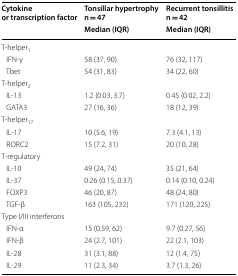
<table><thead><tr><td rowspan="2"><b>Cytokine or transcription factor</b></td><td><b>Tonsillar hypertrophyn = 47</b></td><td><b>Recurrent tonsillitisn = 42</b></td></tr><tr><td><b>Median (IQR)</b></td><td><b>Median (IQR)</b></td></tr></thead><tbody><tr><td colspan="3">T-helper<sub>1</sub></td></tr><tr><td> IFN-γ</td><td>58 (37, 90)</td><td>76 (32, 117)</td></tr><tr><td> Tbet</td><td>54 (31, 83)</td><td>34 (22, 60)</td></tr><tr><td colspan="3">T-helper<sub>2</sub></td></tr><tr><td> IL-13</td><td>1.2 (0.03, 3.7)</td><td>0.45 (0.02, 2.2)</td></tr><tr><td> GATA3</td><td>27 (16, 36)</td><td>18 (12, 39)</td></tr><tr><td colspan="3">T-helper<sub>17</sub></td></tr><tr><td> IL-17</td><td>10 (5.6, 19)</td><td>7.3 (4.1, 13)</td></tr><tr><td> RORC2</td><td>15 (7.2, 31)</td><td>20 (10, 28)</td></tr><tr><td colspan="3">T-regulatory</td></tr><tr><td> IL-10</td><td>49 (24, 74)</td><td>35 (21, 64)</td></tr><tr><td> IL-37</td><td>0.26 (0.15, 0.37)</td><td>0.14 (0.10, 0.24)</td></tr><tr><td> FOXP3</td><td>46 (20, 87)</td><td>48 (24, 80)</td></tr><tr><td> TGF-β</td><td>163 (105, 232)</td><td>171 (120, 225)</td></tr><tr><td colspan="3">Type I/III interferons</td></tr><tr><td> IFN-α</td><td>15 (0.59, 62)</td><td>9.7 (0.27, 56)</td></tr><tr><td> IFN-β</td><td>24 (2.7, 101)</td><td>22 (2.1, 103)</td></tr><tr><td> IL-28</td><td>31 (3.1, 88)</td><td>12 (1.4, 75)</td></tr><tr><td> IL-29</td><td>11 (2.3, 34)</td><td>3.7 (1.3, 26)</td></tr></tbody></table>